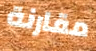
مقارنة